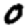
Digit: 0